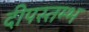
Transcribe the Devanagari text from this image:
दीपस्तम्भ